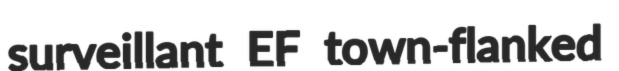
surveillant EF town-flanked